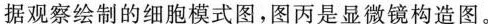
据观察绘制的细胞模式图，图丙是显微镜构造图。